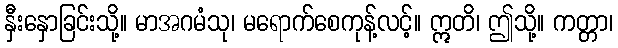
နှီးနှောခြင်းသို့။ မာအဂမံသု၊ မရောက်စေကုန့်လင့်။ ဣတိ၊ ဤသို့။ ကတ္တာ၊